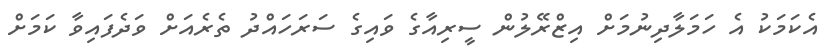
އެކަމަކު އެ ހަމަލާދިނުމަށް އިޒްރޭލުން ސީރިއާގެ ވައިގެ ސަރަހައްދު ތެރެއަށް ވަދެފައިވާ ކަމަށް